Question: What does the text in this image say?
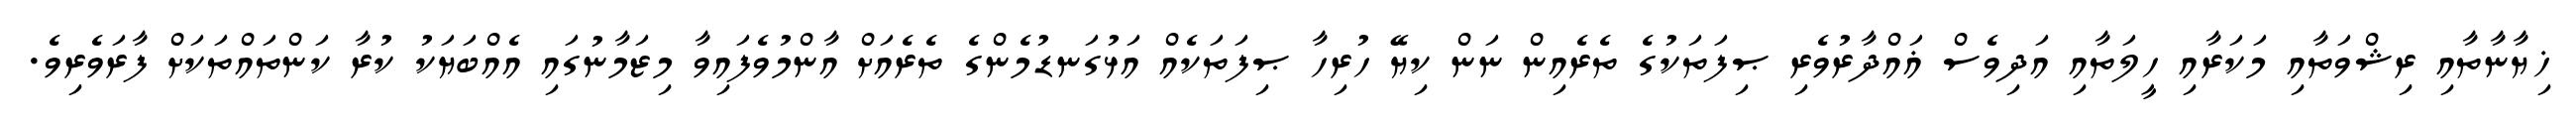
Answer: ޚިޔާނާތާއި ރިޝްވަތާއި މަކަރާއި ހީލަތާއި އަދިވެސް ޣައްދާރުވެރި ޞިފަތަކުގެ ތެރެއިން ނަން ކިޔޭ ހުރިހާ ޞިފަތަކެއް އަޅުގަނޑުމެންގެ ތެރެއަށް އާންމުވެފައިވާ މިޒަމާނުގައި އެއްބަޔަކު ކުރާ ކަންތައްތަކަށް ފާރަވެރިވެ.